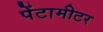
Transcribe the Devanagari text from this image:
पेंटामीटर